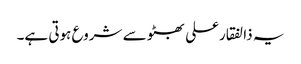
یہ ذالفقارعلی بھٹو سے شروع ہوتی ہے۔